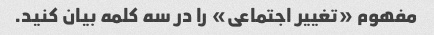
مفهوم «تغییر اجتماعی» را در سه کلمه بیان کنید.